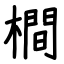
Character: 橺